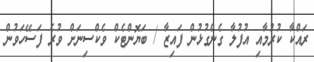
ރައްކާ ކުރުމާއި އުފުލާ ގެންގުޅުން ފައިޒާ / ބަޔޮންޓެކް ވެކްސިނަށް ވުރެ ފަސޭހަވުން